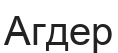
Агдер